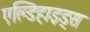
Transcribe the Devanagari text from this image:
एल्डिहाइड्स